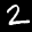
Label: 2